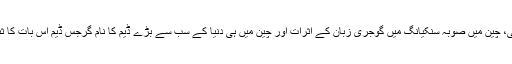
لیکن اس نے دوبارہ گرجر فوج کو منظم کیا جس میں اس کو فتح ہوئی، چین میں صوبہ سنکیانگ میں گوجری زبان کے اثرات اور چین میں ہی دنیا کے سب سے بڑے ڈیم کا نام گرجس ڈیم اس بات کا ثبوت ہے کہ گجر راجہ کنشک کو چین میں بھی فتح حاصل ہوئی تھی۔